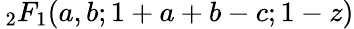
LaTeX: \, _{2}F_{1}(a,b;1+a+b-c;1-z)